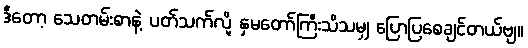
ဒီတော့ သေတမ်းစာနဲ့ ပတ်သက်လို့ နှမတော်ကြီးသိသမျှ ပြောပြစေချင်တယ်ဗျ။